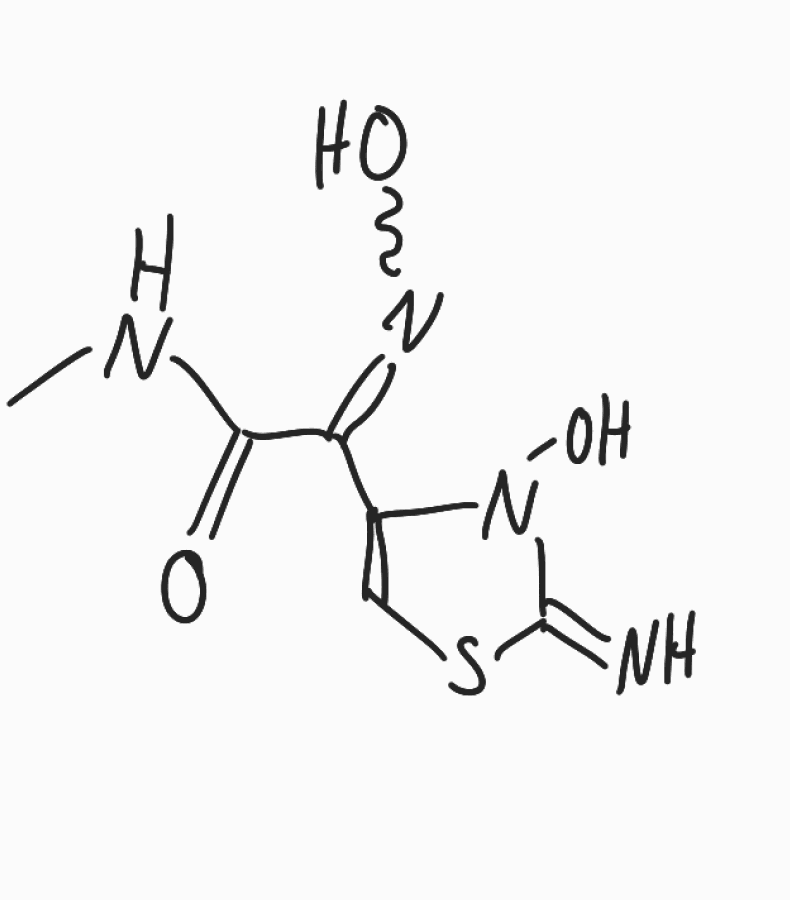
Simplified molecular-input line-entry system (SMILES) notation of the given molecule:
CNC(=O)C(=NO)C1=CSC(=N)N1O